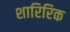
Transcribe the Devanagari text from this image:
शारिरिक